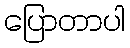
ပြောတာပါ